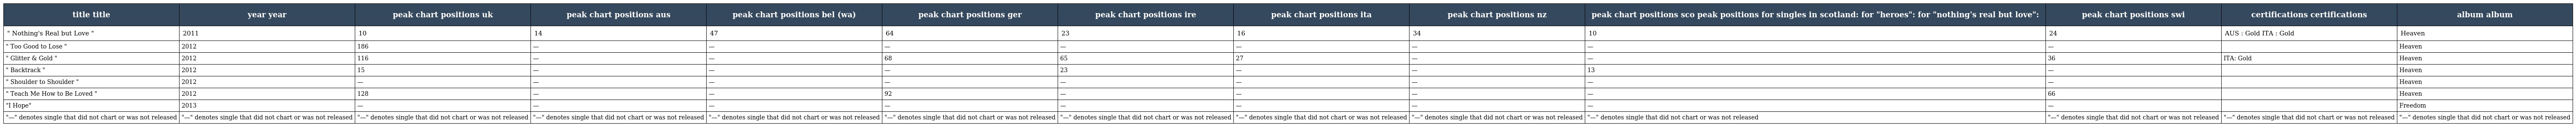
| title title | year year | peak chart positions uk | peak chart positions aus | peak chart positions bel (wa) | peak chart positions ger | peak chart positions ire | peak chart positions ita | peak chart positions nz | peak chart positions sco peak positions for singles in scotland: for "heroes": for "nothing's real but love": | peak chart positions swi | certifications certifications | album album |
 | --- | --- | --- | --- | --- | --- | --- | --- | --- | --- | --- | --- | --- |
 | " Nothing's Real but Love " | 2011 | 10 | 14 | 47 | 64 | 23 | 16 | 34 | 10 | 24 | AUS : Gold ITA : Gold | Heaven |
 | " Too Good to Lose " | 2012 | 186 | — | — | — | — | — | — | — | — |  | Heaven |
 | " Glitter & Gold " | 2012 | 116 | — | — | 68 | 65 | 27 | — | — | 36 | ITA: Gold | Heaven |
 | " Backtrack " | 2012 | 15 | — | — | — | 23 | — | — | 13 | — |  | Heaven |
 | " Shoulder to Shoulder " | 2012 | — | — | — | — | — | — | — | — | — |  | Heaven |
 | " Teach Me How to Be Loved " | 2012 | 128 | — | — | 92 | — | — | — | — | 66 |  | Heaven |
 | "I Hope" | 2013 | — | — | — | — | — | — | — | — | — |  | Freedom |
 | "—" denotes single that did not chart or was not released | "—" denotes single that did not chart or was not released | "—" denotes single that did not chart or was not released | "—" denotes single that did not chart or was not released | "—" denotes single that did not chart or was not released | "—" denotes single that did not chart or was not released | "—" denotes single that did not chart or was not released | "—" denotes single that did not chart or was not released | "—" denotes single that did not chart or was not released | "—" denotes single that did not chart or was not released | "—" denotes single that did not chart or was not released | "—" denotes single that did not chart or was not released | "—" denotes single that did not chart or was not released |